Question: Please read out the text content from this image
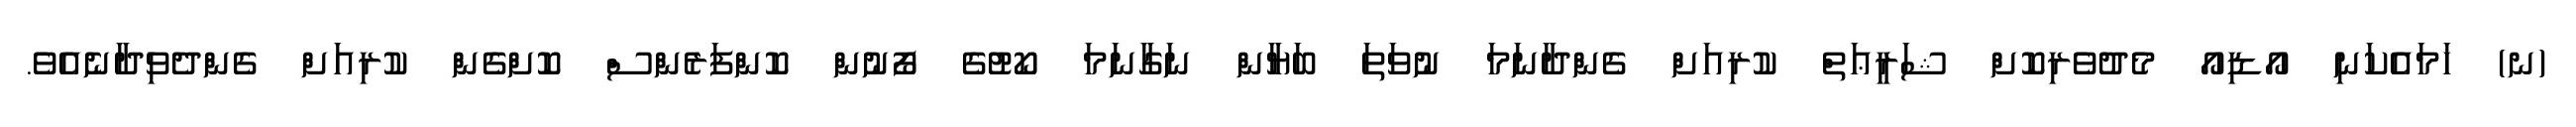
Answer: (ނ) ހަމައެކަނި އޯޑިއޯ މެދުވެރިކޮށް ޝަރީޢަތް ކުރިއަށް ގެންދާނަމަ ނުވަތަ ބަޔާން ނަގާނަމަ ކޯޓުގެ ފޯނުން ކޮންފަރެންސް ކޮށްގެން ކުރިއަށް ގެންދެވިދާނެއެވެ.